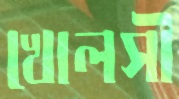
খোলসী